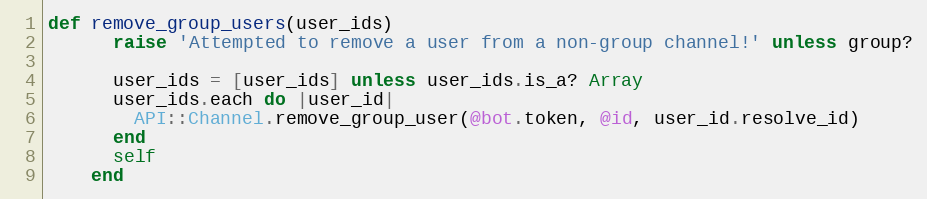
Language: Ruby
def remove_group_users(user_ids)
      raise 'Attempted to remove a user from a non-group channel!' unless group?

      user_ids = [user_ids] unless user_ids.is_a? Array
      user_ids.each do |user_id|
        API::Channel.remove_group_user(@bot.token, @id, user_id.resolve_id)
      end
      self
    end